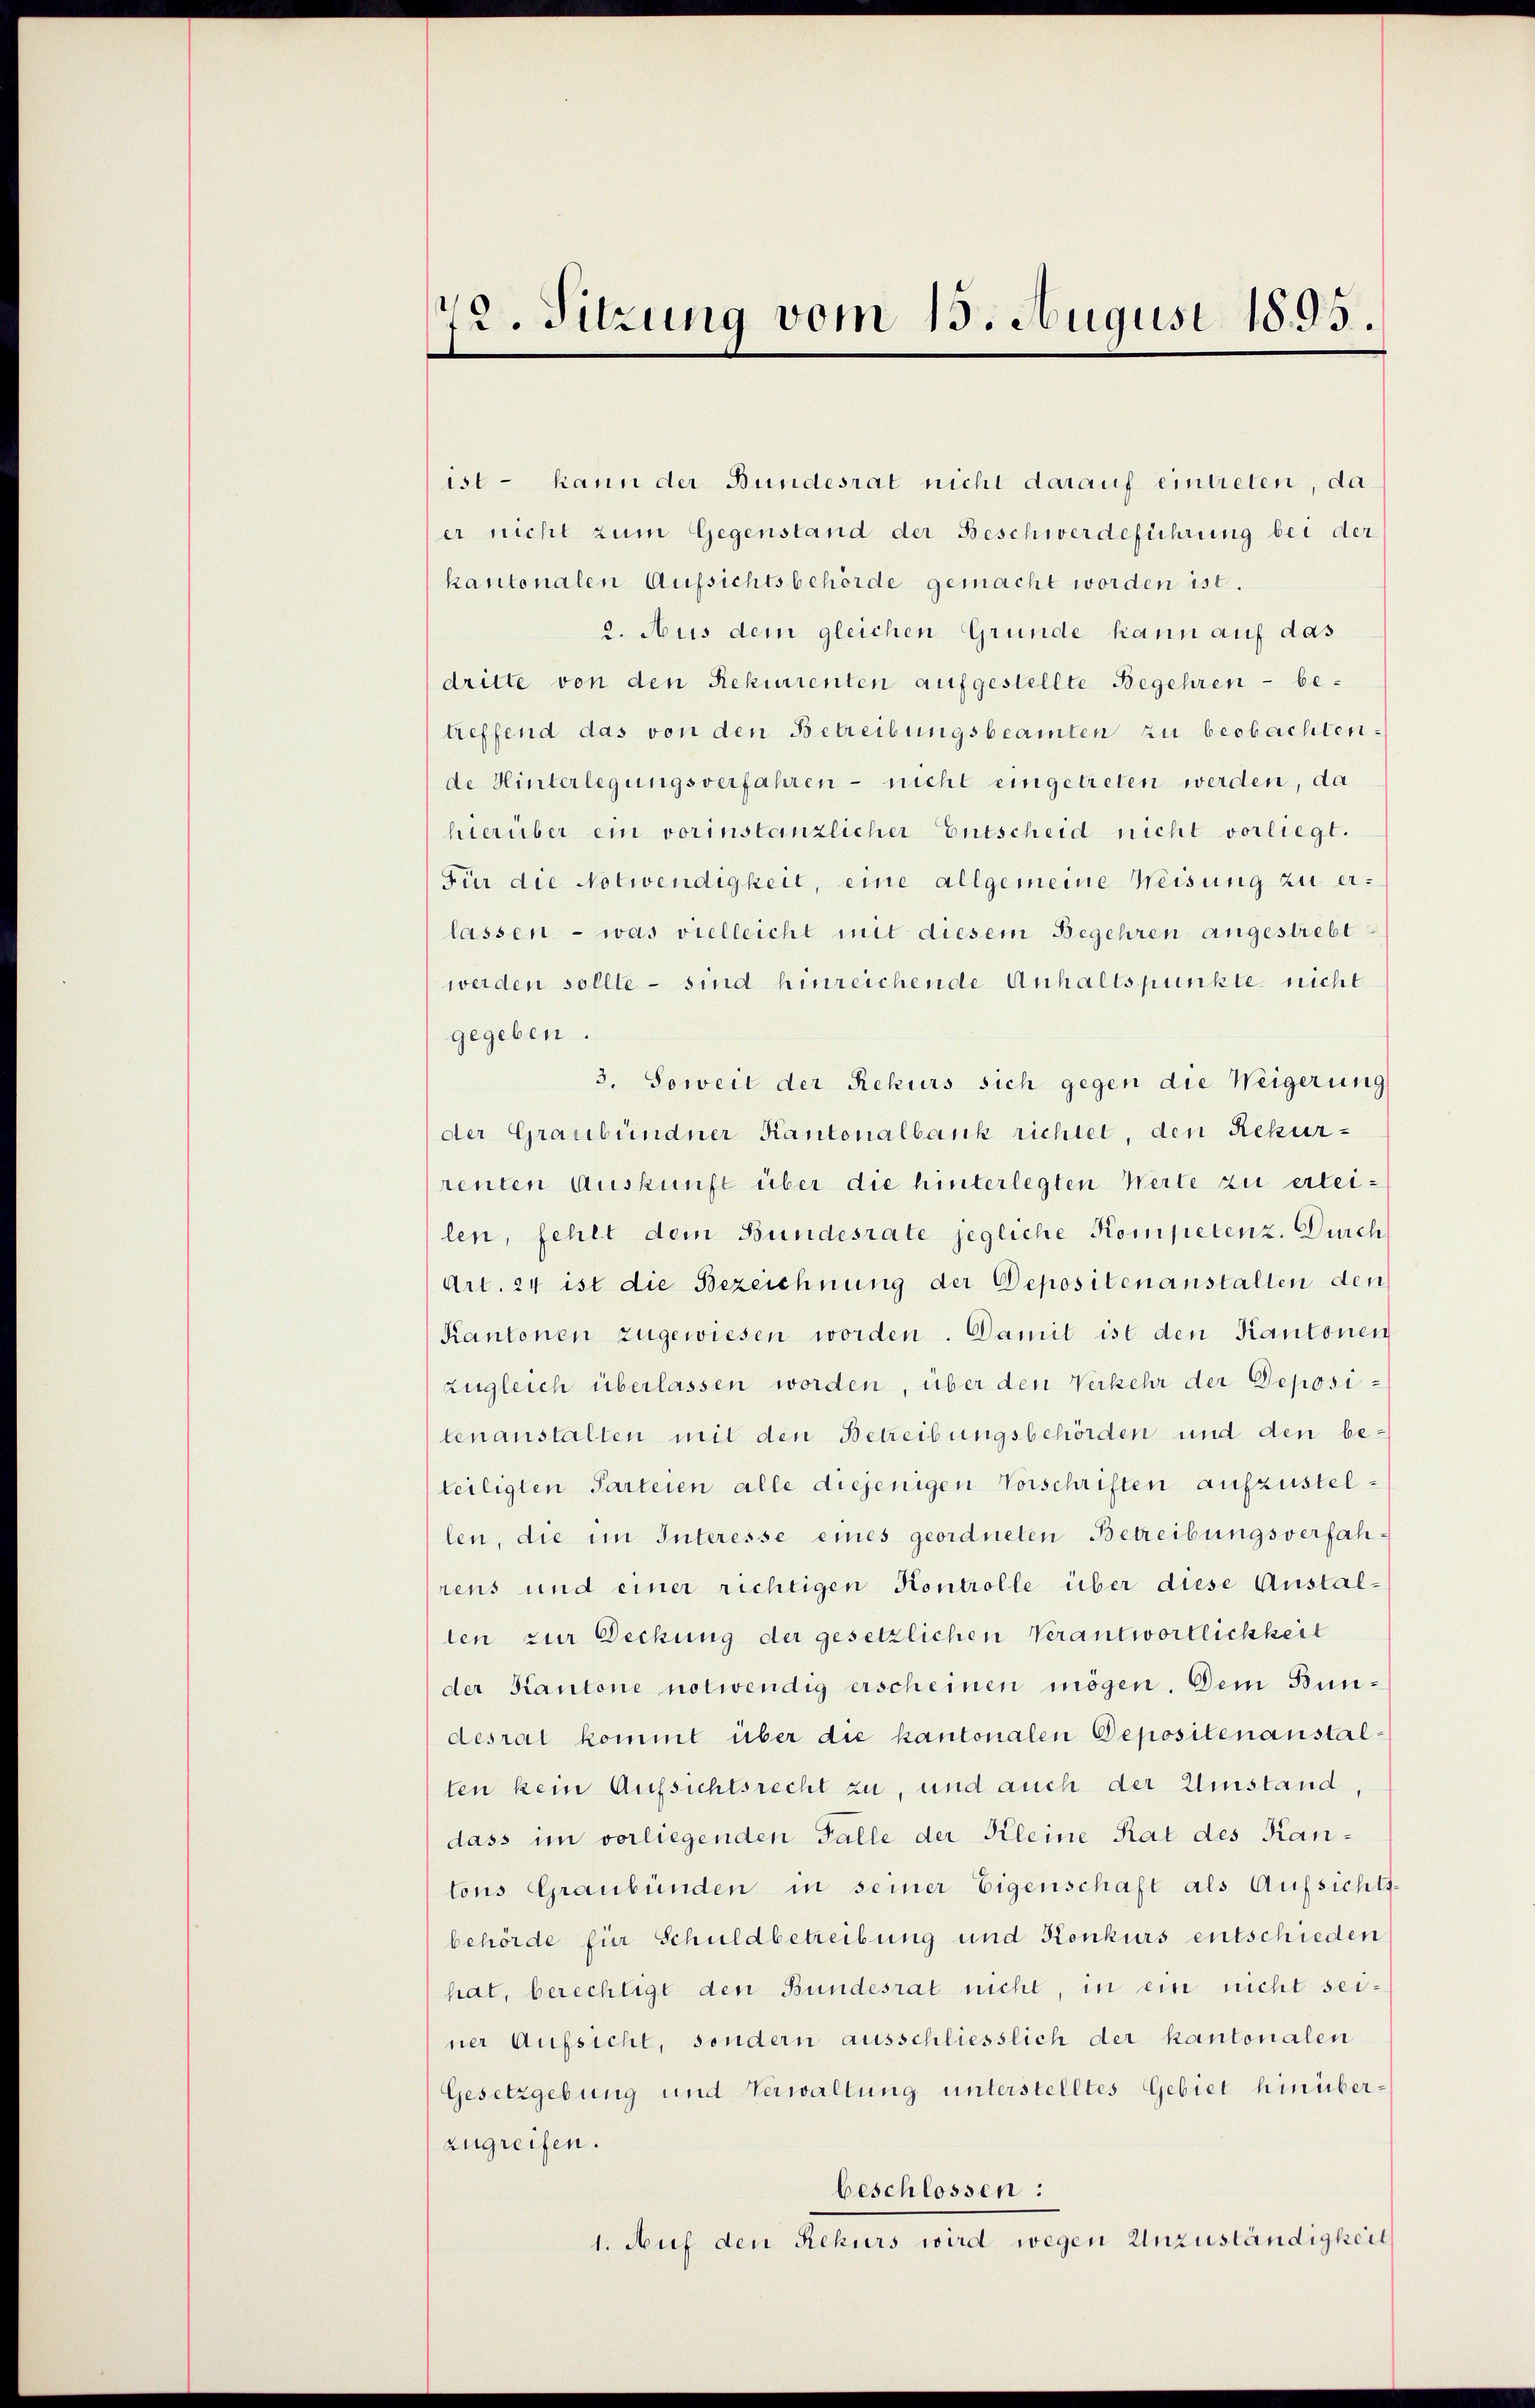
72. Sitzung vom 15. August 1895.

ist - kann der Bundesrat nicht darauf eintreten, da
er nicht zum Gegenstand der Beschwerdeführung bei der
kantonalen Aufsichtsbehörde gemacht worden ist.
2. Aus dem gleichen Gründe kann auf das
dritte von den Rekurrenten aufgestellte Begehren - be-
treffend das von den Betreibungsbeamten zu beobachtende Hinterlegungsverfahren - nicht eingetreten werden, da
hierüber ein vorinstanzlicher Entscheid nicht vorliegt.
Für die Notwendigkeit, eine allgemeine Weisung zu erlassen - was vielleicht mit diesem Begehren angestrebt
werden sollte - sind hinreichende Anhaltspunkte nicht
gegeben
3. Soweit der Rekurs sich gegen die Weigerung
der Graubündner Kantonalbank richtet, den Rekurrenten Auskunft über die hinterlegten Werte zu erteilen, fehlt dem Bundesrate jegliche Kompetenz. Durch
Art. 24 ist die Bezeichnung der Depositenanstalten den
Kantonen zugewiesen worden. Damit ist den Kantonen
zugleich überlassen worden, über den Verkehr der Depositenanstalten mit den Betreibungsbehörden und den be-
teiligten Parteien alle diejenigen Vorschriften aufzustellen, die im Interesse eines geordneten Betreibungsverfah
rens und einer richtigen Kontrolle über diese Anstalten zur Deckung der gesetzlichen Verantwortlichkeit
der Kantone notwendig erscheinen mögen. Dem Bundesrat kommt über die kantonalen Deposilenanstalten kein Aufsichtsrecht zu, und auch der Umstand,
dass im vorliegenden Falle der Kleine Rat des Kantons Graubünden in seiner Eigenschaft als Aufsichts-
behörde für Schuldbetreibung und Konkurs entschieden
hat, berechtigt den Bundesrat nicht, in ein nicht seiner Aufsicht, sondern ausschliesslich der kantonalen
Gesetzgebung und Verwaltung unterstelltes Gebiet hinüberzugreifen.
beschlossen:
1. Auf den Rekurs wird wegen Unzuständigkeit